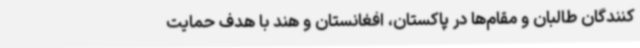
کنندگان طالبان و مقام‌ها در پاکستان، افغانستان و هند با هدف حمایت